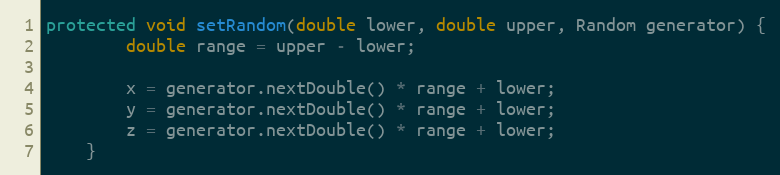
Language: Java
protected void setRandom(double lower, double upper, Random generator) {
        double range = upper - lower;

        x = generator.nextDouble() * range + lower;
        y = generator.nextDouble() * range + lower;
        z = generator.nextDouble() * range + lower;
    }